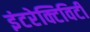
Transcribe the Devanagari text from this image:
इंटरेक्टिविटी